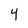
Character: 4